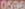
0596